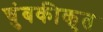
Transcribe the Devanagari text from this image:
चुंबकीकृत